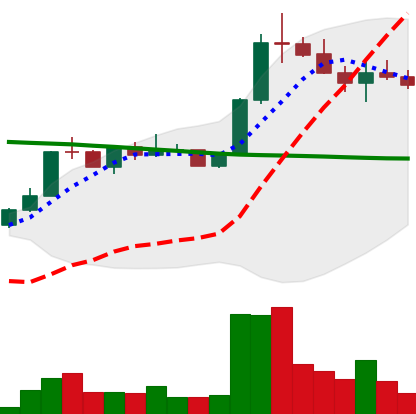
Ticker: ETC-USD
Chart end date: 2022-08-04
Forward return: 4.641%
Label: up_3_5